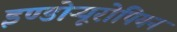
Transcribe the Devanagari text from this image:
इण्डोऱ्यूरोपियन